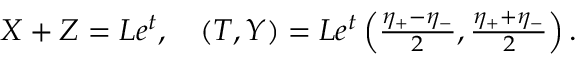
\begin{array} { l } { { X + Z = L e ^ { t } , \quad ( T , Y ) = L e ^ { t } \left( \frac { \eta _ { + } - \eta _ { - } } { 2 } , \frac { \eta _ { + } + \eta _ { - } } { 2 } \right) . } } \end{array}